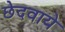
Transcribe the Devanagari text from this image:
छेदवाये